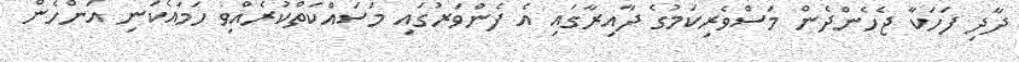
ދާދި ފަހަކާ ޖެހެންދެން މަސްވެރިކަމުގެ ދާއިރާގައި އެ ފެންވަރުގައި މަސައްކަތްކުރެއްވި ހަމައެކަނި އަންހެން